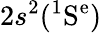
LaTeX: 2s^{2}(^{1}\mathrm{S^{e}})